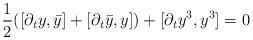
LaTeX: \begin{align*}{1\over 2}([\partial_t y, \bar{y}]+[\partial_t \bar{y},y])+[\partial_t y^3, y^3]=0\end{align*}